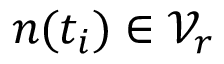
n ( t _ { i } ) \in \mathcal { V } _ { r }